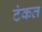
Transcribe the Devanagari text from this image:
टंकत